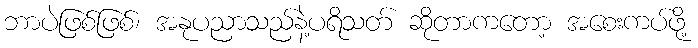
ဘာပဲဖြစ်ဖြစ်၊ အနုပညာသည်နဲ့ပရိသတ် ဆိုတာကတော့ အစေးကပ်ဖို့